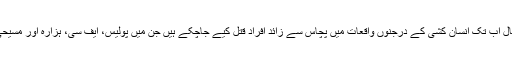
اگر ہم بات بلوچستان یا کوئٹہ کی کریں تو رواں سال اب تک انسان کُشی کے درجنوں واقعات میں پچاس سے زائد افراد قتل کیے جاچکے ہیں جن میں پولیس، ایف سی، ہزارہ اور مسیحی برادری سمیت ہر طبقۂ فکر کے افراد شامل ہیں۔